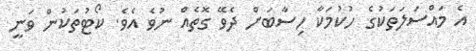
އެ މައްސަލަތަކުގެ ހުކުމަކާ ހިސާބަށް ދެވޭ ގޮތެއް ނުވެ އެވެ. ކޯޓުތަކުން ވަނީ